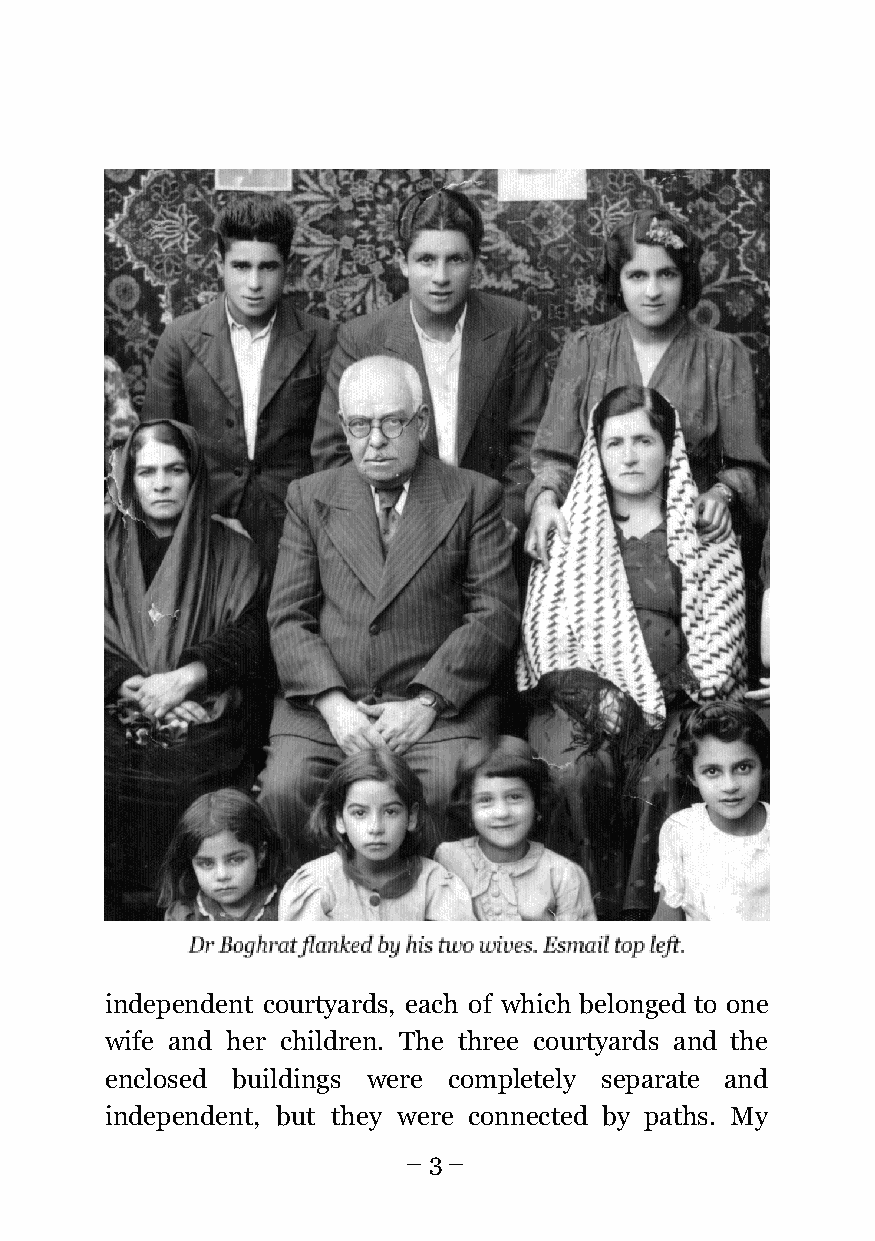
independent courtyards, each of which belonged to one
 wife and her children. The three courtyards and the
 enclosed buildings were completely separate and
 independent, but they were connected by paths. My
 – 3 –